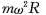
mω”R